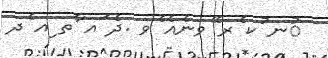
ުނ ުކ ެރ ޭވނެއެ ެވ .ދެ ައ ާތ ިއ ެދ